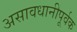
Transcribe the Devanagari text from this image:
असावधानीपूर्वक